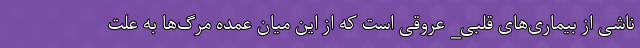
ناشی از بیماری‌های قلبی_ عروقی است که از این میان عمده مرگ‌ها به علت